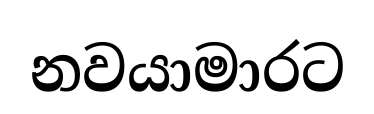
නවයාමාරට